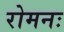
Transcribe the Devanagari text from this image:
रोमनः